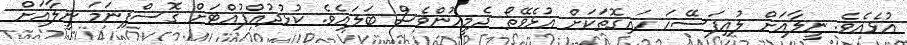
އުޅެއެވެ. ނީލާއަށް ލުއިފަސޭހަ ހައިގޮތަކަށް އުޅެވޭތޯ ދެމީހުންވެސް ބަލައެވެ. ކުޅުދުއްފުއްޓަށް ގޮސްފިނަމަ ނީލާއަށް